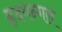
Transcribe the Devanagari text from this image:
हृदयन्गल